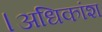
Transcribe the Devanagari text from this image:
।अधिकांश